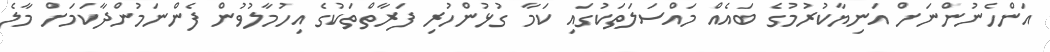
އަންހެނުންނަށް އަނިޔާކުރުމުގެ ބައެއް މައްސަލަތަކުގައި ކަމާ ގުޅުންހުރި ފަރާތްތަކުގެ އިހުމާލުވުން ފެންނަމުންދާކަމަށް މާލެ